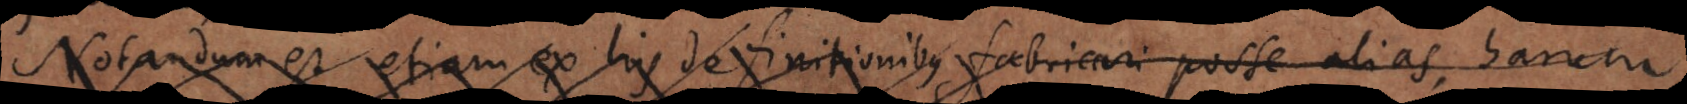
Notandum est etiam ex his definitionibus fabricari posse alias, ha